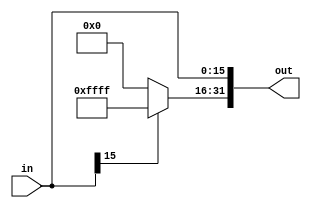
`timescale 1ns /1ps
module SignExt(
	input [15:0]in,
	output reg[31:0]out
);
always@(*)
begin
	if(in[15]==1)
	begin
		out[31:16]=16'd65535;
		out[15:0]=in;
	end
	else
	begin
		out[31:16]=16'd0;
		out[15:0]=in;
	end
end
endmodule